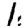
Digit: 1